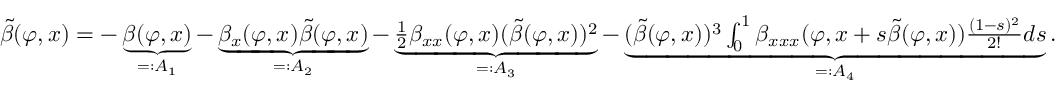
\begin{array} { r } { \tilde { \beta } ( \varphi , x ) = - \underbrace { \beta ( \varphi , x ) } _ { = : A _ { 1 } } - \underbrace { \beta _ { x } ( \varphi , x ) \tilde { \beta } ( { \varphi , x } ) } _ { = : A _ { 2 } } - \underbrace { \frac { 1 } { 2 } \beta _ { x x } ( \varphi , x ) ( \tilde { \beta } ( \varphi , x ) ) ^ { 2 } } _ { = : A _ { 3 } } - \underbrace { ( \tilde { \beta } ( \varphi , x ) ) ^ { 3 } \int _ { 0 } ^ { 1 } \beta _ { x x x } ( \varphi , x + s \tilde { \beta } ( \varphi , x ) ) \frac { ( 1 - s ) ^ { 2 } } { 2 ! } d s } _ { = : A _ { 4 } } . } \end{array}